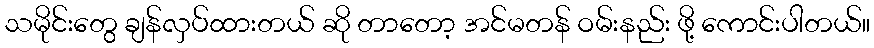
သမိုင်းတွေ ချန်လှပ်ထားတယ် ဆို တာတော့ အင်မတန် ဝမ်းနည်း ဖို့ ကောင်းပါတယ်။